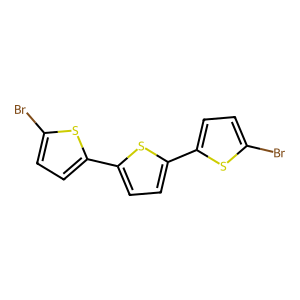
SMILES: Brc1ccc(-c2ccc(-c3ccc(Br)s3)s2)s1
Inhibits HIV replication: No